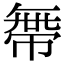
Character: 𢄔